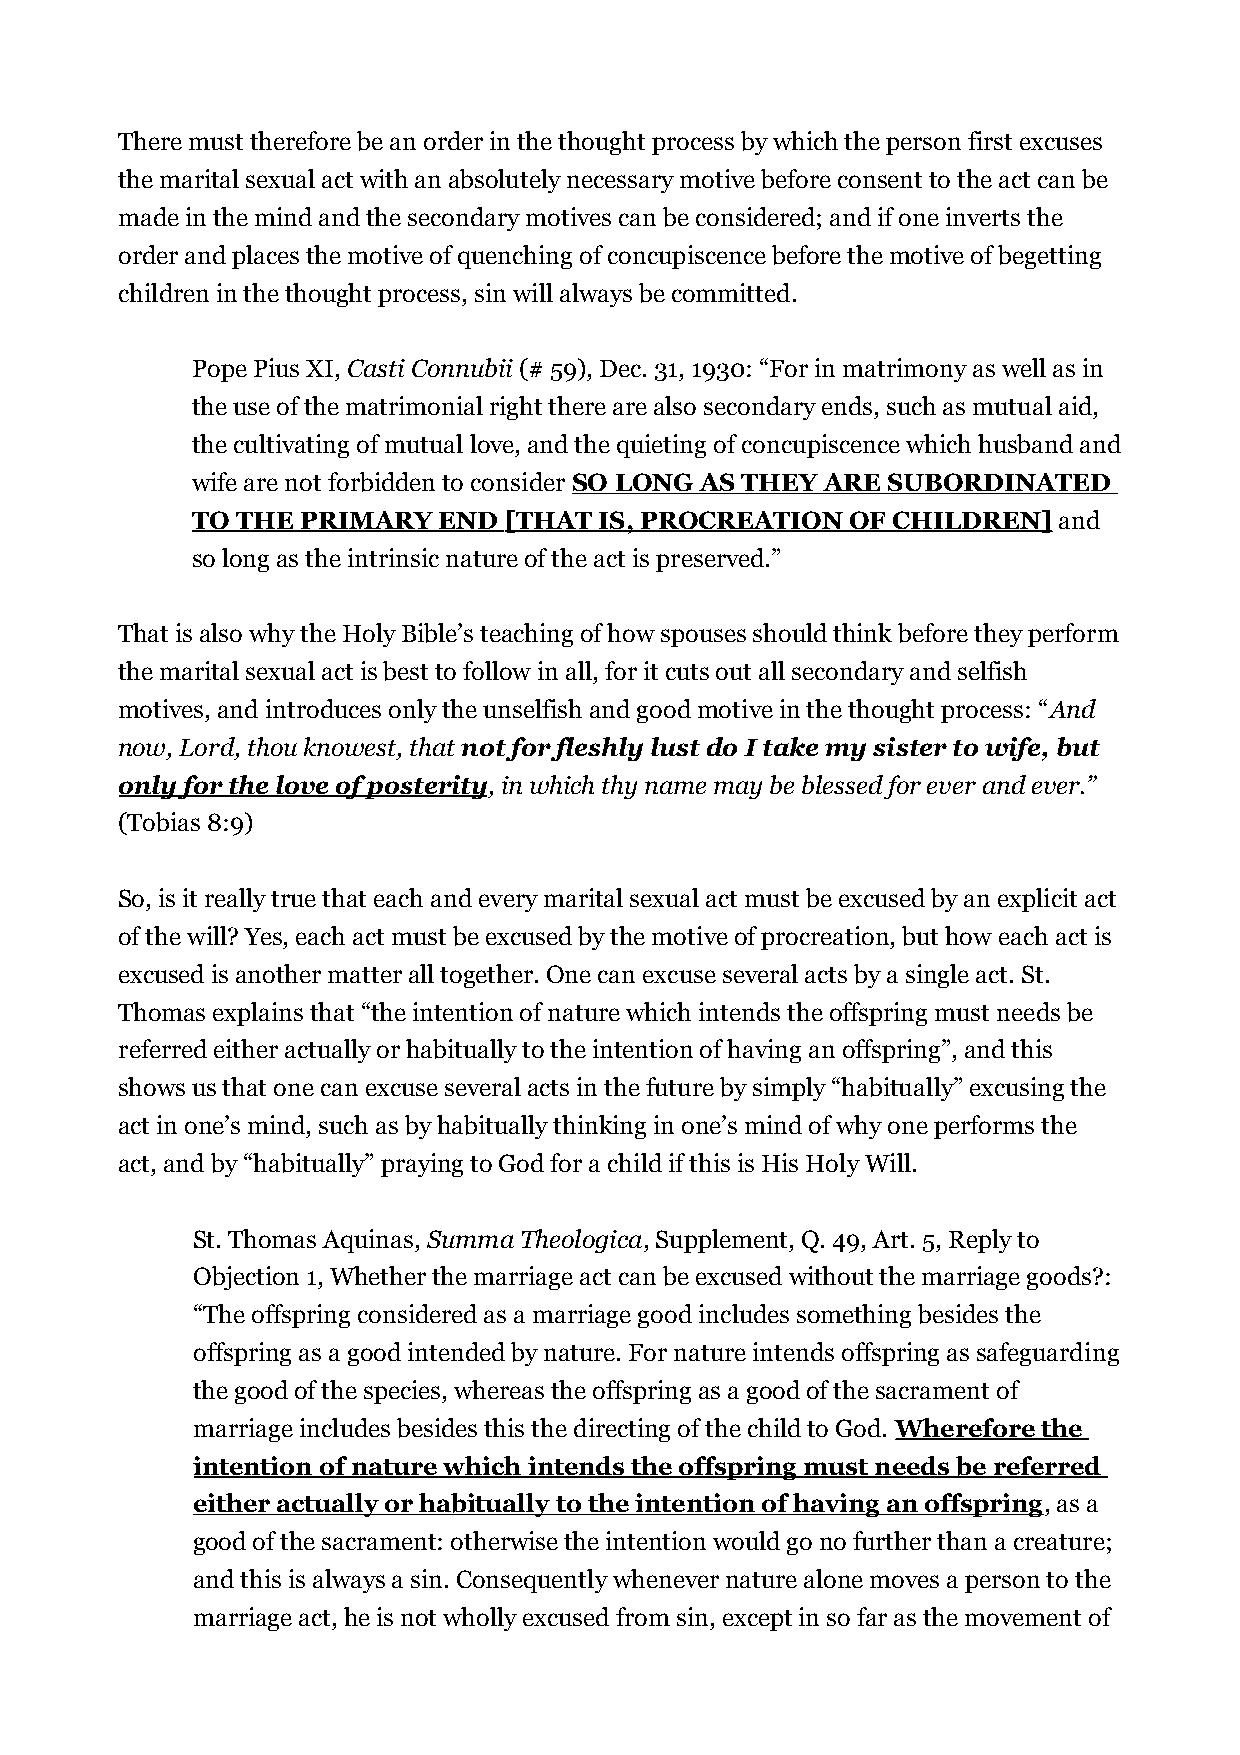
There must therefore be an order in the thought process by which the person first excuses
 the marital sexual act with an absolutely necessary motive before consent to the act can be
 made in the mind and the secondary motives can be considered; and if one inverts the
 order and places the motive of quenching of concupiscence before the motive of begetting
 children in the thought process, sin will always be committed.
 Pope Pius XI, Casti Connubii (# 59), Dec. 31, 1930: “For in matrimony as well as in
 the use of the matrimonial right there are also secondary ends, such as mutual aid,
 the cultivating of mutual love, and the quieting of concupiscence which husband and
 wife are not forbidden to consider SO LONG AS THEY ARE SUBORDINATED
 TO THE PRIMARY  END [THAT  IS, PROCREATION OF CHILDREN]  and
 so long as the intrinsic nature of the act is preserved.”
 That is also why the Holy Bible’s teaching of how spouses should think before they perform
 the marital sexual act is best to follow in all, for it cuts out all secondary and selfish
 motives, and introduces only the unselfish and good motive in the thought process: “And
 now, Lord, thou knowest, that not for fleshly lust do I take my sister to wife, but
 only for the love of posterity, in which thy name may be blessed for ever and ever.”
 (Tobias 8:9)
 So, is it really true that each and every marital sexual act must be excused by an explicit act
 of the will? Yes, each act must be excused by the motive of procreation, but how each act is
 excused is another matter all together. One can excuse several acts by a single act. St.
 Thomas explains that “the intention of nature which intends the offspring must needs be
 referred either actually or habitually to the intention of having an offspring”, and this
 shows us that one can excuse several acts in the future by simply “habitually” excusing the
 act in one’s mind, such as by habitually thinking in one’s mind of why one performs the
 act, and by “habitually” praying to God for a child if this is His Holy Will.
 St. Thomas Aquinas, Summa Theologica, Supplement, Q. 49, Art. 5, Reply to
 Objection 1, Whether the marriage act can be excused without the marriage goods?:
 “The offspring considered as a marriage good includes something besides the
 offspring as a good intended by nature. For nature intends offspring as safeguarding
 the good of the species, whereas the offspring as a good of the sacrament of
 marriage includes besides this the directing of the child to God. Wherefore the
 intention of nature which intends the offspring must needs be referred
 either actually or habitually to the intention of having an offspring, as a
 good of the sacrament: otherwise the intention would go no further than a creature;
 and this is always a sin. Consequently whenever nature alone moves a person to the
 marriage act, he is not wholly excused from sin, except in so far as the movement of